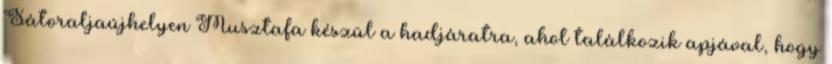
Sátoraljaújhelyen Musztafa készül a hadjáratra, ahol találkozik apjával, hogy